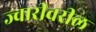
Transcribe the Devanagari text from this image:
ज्वारीवरील